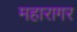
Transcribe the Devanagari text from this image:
महारागर